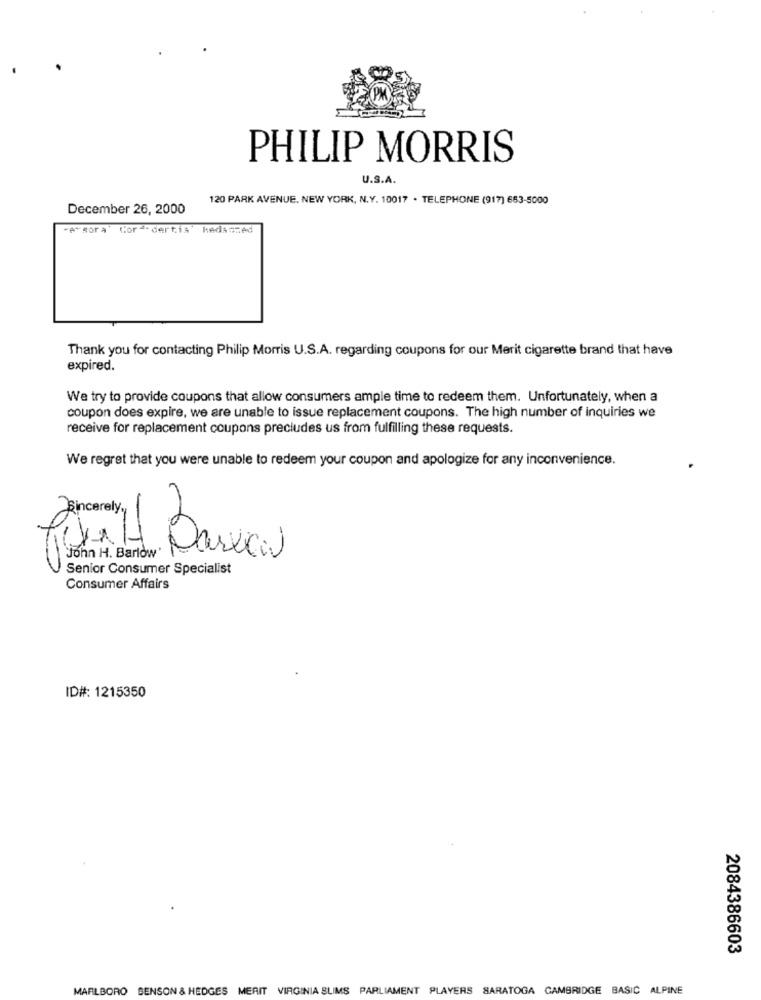
PHILIP MORRIS
U.S.A.
120 PARK AVENUE, NEW YORK, N.Y. 10017 . TELEPHONE (917) 653-5000
December 26, 2000
"A" Bor A
Cor -. dertis KAdAGRAd
Thank you for contacting Philip Morris U.S.A. regarding coupons for our Merit cigarette brand that have
expired.
We try to provide coupons that allow consumers ample time to redeem them. Unfortunately, when a
coupon does expire, we are unable to issue replacement coupons. The high number of inquiries we
receive for replacement coupons precludes us from fulfilling these requests.
We regret that you were unable to redeem your coupon and apologize for any inconvenience.
-
Senior Consumer Specialist
Consumer Affairs
ID#: 1215350
2084386603
MARLBORO BENSON & HEDGES MERIT V
VIRGINIA SLIMS PARLIAMENT PLAYERS SARATOGA CAMBRIDGE BASIC ALPINE